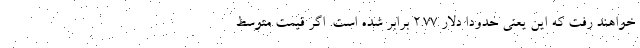
خواهند رفت که این یعنی حدودا دلار ۲.۷۷ برابر شده است. اگر قیمت متوسط